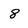
Character: 8